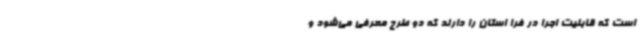
است که قابلیت اجرا در فرا استان را دارند که دو طرح معرفی می‌شود و